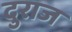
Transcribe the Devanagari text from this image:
दुराज